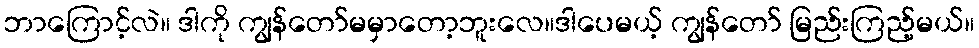
ဘာကြောင့်လဲ။ ဒါကို ကျွန်တော်မမှာတော့ဘူးလေ။ဒါပေမယ့် ကျွန်တော် မြည်းကြည့်မယ်။